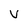
Character: V